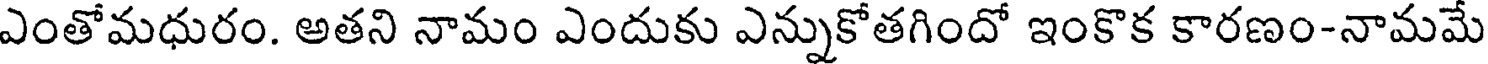
ఎంతోమధురం. అతని నామం ఎందుకు ఎన్నుకోతగిందో ఇంకొక కారణం-నామమే